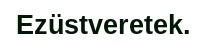
Ezüstveretek.